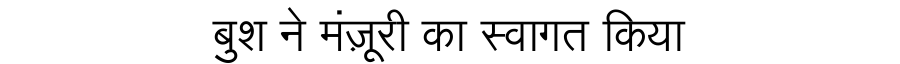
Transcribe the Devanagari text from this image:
बुश ने मंज़ूरी का स्वागत किया